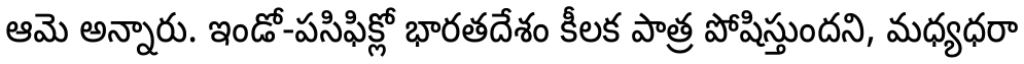
ఆమె అన్నారు. ఇండో-పసిఫిక్లో భారతదేశం కీలక పాత్ర పోషిస్తుందని, మధ్యధరా